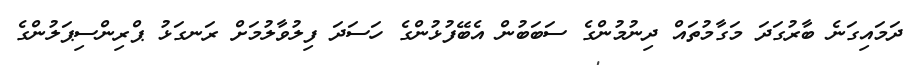
ދަމައިގަނެ ބާރުގަދަ މަގާމުތައް ދިނުމުންގެ ސަބަބުން އެބޭފުޅުންގެ ހަސަދަ ފިލުވާލުމަށް ރަނގަޅު ޕްރިންސިޕަލުންގެ